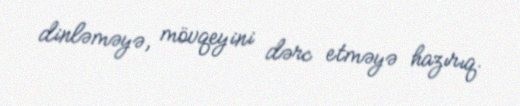
dinləməyə, mövqeyini dərc etməyə hazırıq.